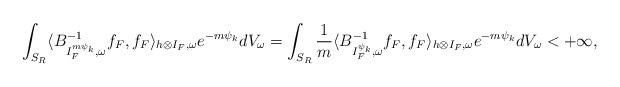
LaTeX: \begin{align*} \int_{S_R}\langle B^{-1}_{I_F^{m\psi_k},\omega}f_F,f_F\rangle_{h\otimes I_F,\omega}e^{-m\psi_k}dV_\omega=\int_{S_R}\frac{1}{m}\langle B^{-1}_{I_F^{\psi_k},\omega}f_F,f_F\rangle_{h\otimes I_F,\omega}e^{-m\psi_k}dV_\omega<+\infty, \end{align*}